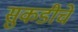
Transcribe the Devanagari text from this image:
सुकडीचे